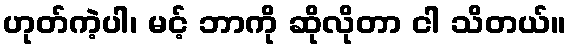
ဟုတ်ကဲ့ပါ၊ မင့် ဘာကို ဆိုလိုတာ ငါ သိတယ်။